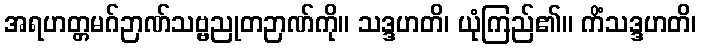
အရဟတ္တမဂ်ဉာဏ်သဗ္ဗညုတဉာဏ်ကို။ သဒ္ဒဟတိ၊ ယုံကြည်၏။ ကိံသဒ္ဒဟတိ၊